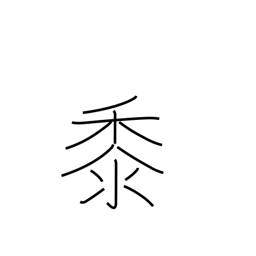
Meaning: millet